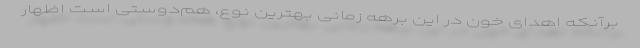
برآنکه اهدای خون در این برهه زمانی بهترین نوع، هم‌دوستی است اظهار